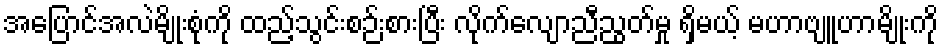
အပြောင်အလဲမျိုးစုံကို ထည့်သွင်းစဉ်းစားပြီး လိုက်လျောညီညွတ်မှု ရှိမယ့် မဟာဗျူဟာမျိုးကို